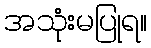
အသုံးမပြုရ။